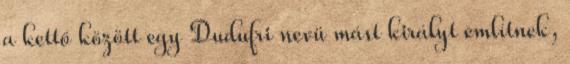
a kettő között egy Dudufri nevü mást királyt említnek,